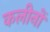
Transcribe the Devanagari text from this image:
कलीनों